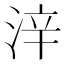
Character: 㳯